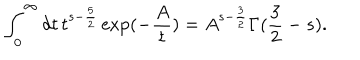
LaTeX: \int _ { 0 } ^ { \infty } d t \, t ^ { s - \frac { 5 } { 2 } } \exp ( - \frac { A } { t } ) = A ^ { s - \frac { 3 } { 2 } } \Gamma ( \frac { 3 } { 2 } - s ) .